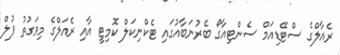
ރެއާލްގެ ސްޓޭޑިއަމް ސެންޓިއާގޯ ބެރުނަބާއުގައި ޓެކްނިކަލް ކޮމިޓީ އާއި ރެއަލްގެ މިވަގުތު ފުލް